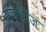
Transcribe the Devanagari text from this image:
स्पेशीज